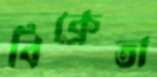
বিক্রেতা